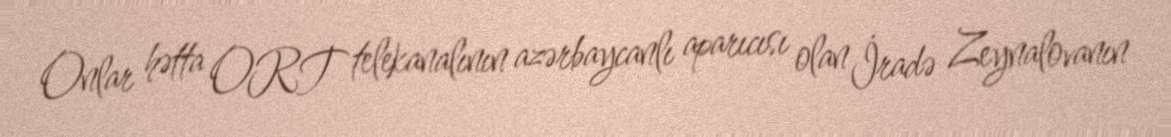
Onlar hətta ORT telekanalının azərbaycanlı aparıcısı olan İradə Zeynalovanın